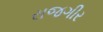
રાજગીર